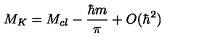
M _ { K } = M _ { c l } - \frac { \hbar m } { \pi } + O ( \hbar ^ { 2 } )